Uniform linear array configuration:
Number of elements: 8
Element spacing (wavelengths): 0.75
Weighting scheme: hann
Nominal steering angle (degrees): -15
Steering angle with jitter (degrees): -15.658
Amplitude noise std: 0.05
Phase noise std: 0.05

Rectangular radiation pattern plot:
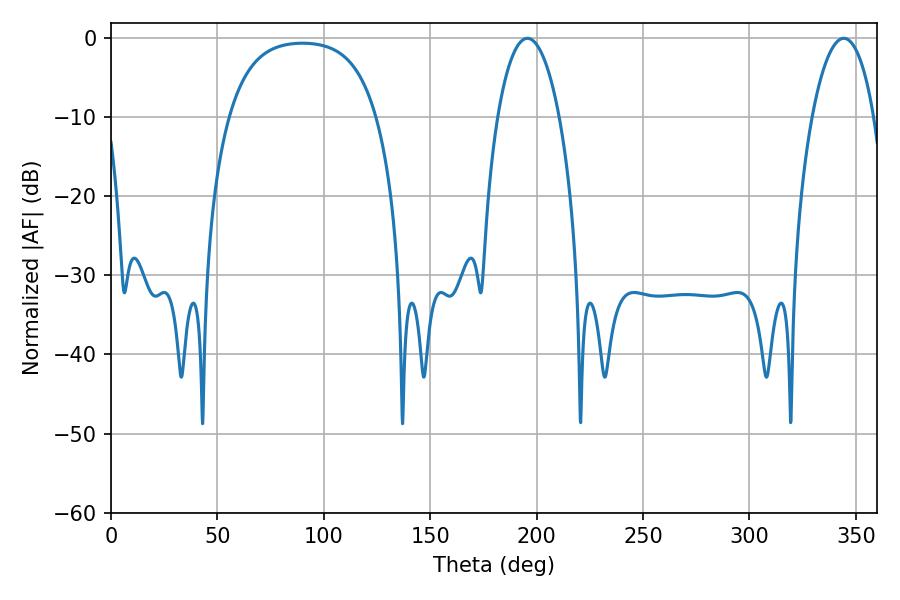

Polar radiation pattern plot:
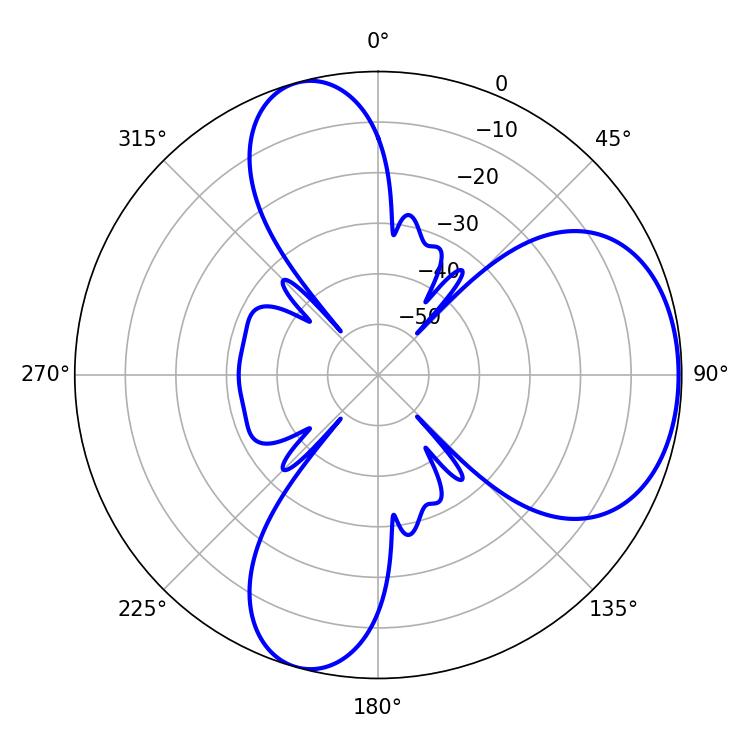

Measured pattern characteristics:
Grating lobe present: TRUE
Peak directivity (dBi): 5.816
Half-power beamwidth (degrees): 16.2
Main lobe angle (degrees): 195.66